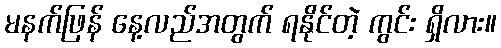
မနက်ဖြန် နေ့လည်အတွက် ရနိုင်တဲ့ ကွင်း ရှိလား။